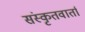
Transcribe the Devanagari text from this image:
संस्कृतवार्ता